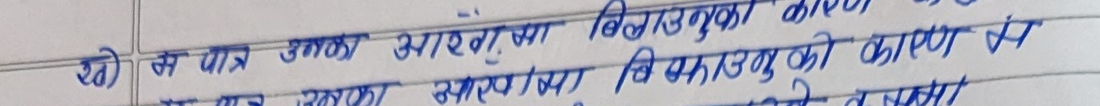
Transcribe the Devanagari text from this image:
२) से पत्र उनका आरंग्या बिमारबुका कारण य